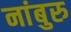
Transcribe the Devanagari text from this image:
नांबुरु